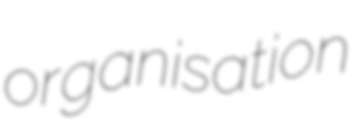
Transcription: organisation